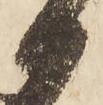
御